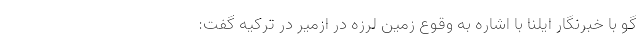
گو با خبرنگار ایلنا با اشاره به وقوع زمین لرزه در ازمیر در ترکیه گفت: